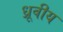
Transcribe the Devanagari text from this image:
ध्रूवीय